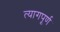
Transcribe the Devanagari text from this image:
त्यागपूर्ण